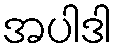
အပါဒါ